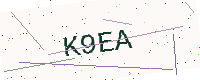
Text: K9EA